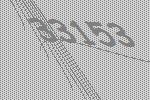
33153